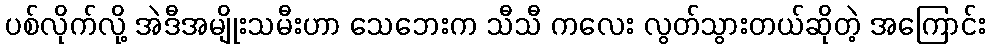
ပစ်လိုက်လို့ အဲဒီအမျိုးသမီးဟာ သေဘေးက သီသီ ကလေး လွတ်သွားတယ်ဆိုတဲ့ အကြောင်း